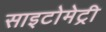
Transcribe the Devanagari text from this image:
साइटोमेट्री